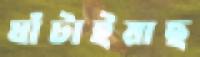
ঘাঁটাইয়াছ